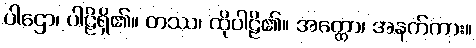
ပါဌော၊ ပါဠိရှိ၏။ တဿ၊ ထိုပါဠိ၏။ အတ္ထော၊ အနက်ကား။